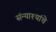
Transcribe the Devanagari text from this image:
संन्याश्यांचे